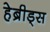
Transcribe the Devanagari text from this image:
हेब्रीड्स